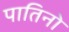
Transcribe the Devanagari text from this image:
पातिनो